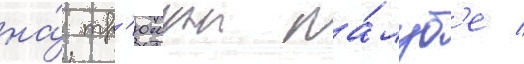
на́ тр'юмнои па́луб'е /